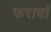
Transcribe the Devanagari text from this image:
फरावां